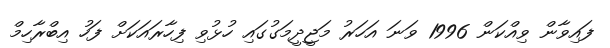
ފައިވާން ވިއްކަން 1996 ވަނަ އަހަރު މަޖީދީމަގުގައި ހުޅުވި ފިހާރައަކަށް ފަހު އިބްރާހިމް